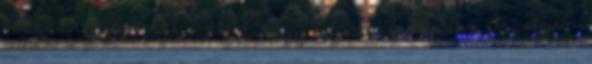
amire azért készítettek fel, hogy teljesítsd. Kérdés: Az elején